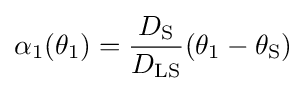
\alpha _{1}(\theta _{1})={\frac {D_{\rm {S}}}{D_{\rm {LS}}}}(\theta _{1}-\theta _{\rm {S}})